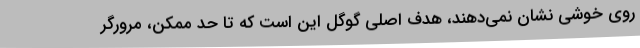
روی خوشی نشان نمی‌دهند، هدف اصلی گوگل این است که تا حد ممکن، مرورگر